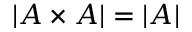
| A \times A | = | A |